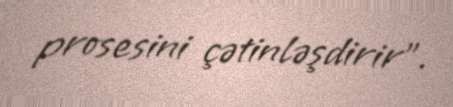
prosesini çətinləşdirir”.